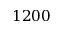
1 2 0 0